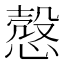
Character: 慤